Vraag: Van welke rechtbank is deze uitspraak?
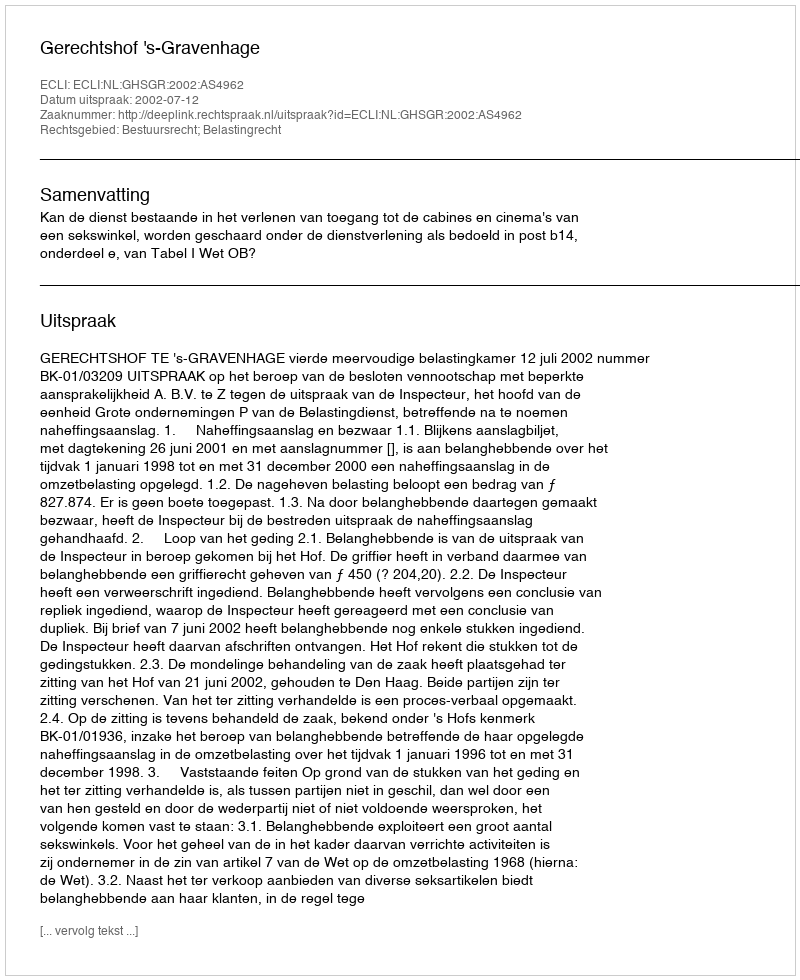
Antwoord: Gerechtshof 's-Gravenhage